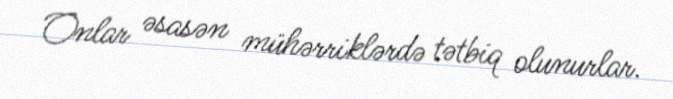
Onlar əsasən mühərriklərdə tətbiq olunurlar.